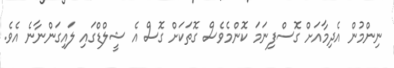
ނިންމުން އެދިމާއަށް ގޮސްފިނަމަ ކޮންމެވެސް ގޮތަކަށް ގޮސް އެ ޝީލްޑްގައި ލައިގަންނާނެ އެވެ.